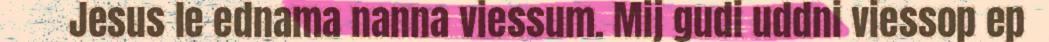
Jesus le ednama nanna viessum. Mij gudi uddni viessop ep